Annual report on the working of the mental hospitals in the Madras Presidency - 1912-1932
Year: 1912
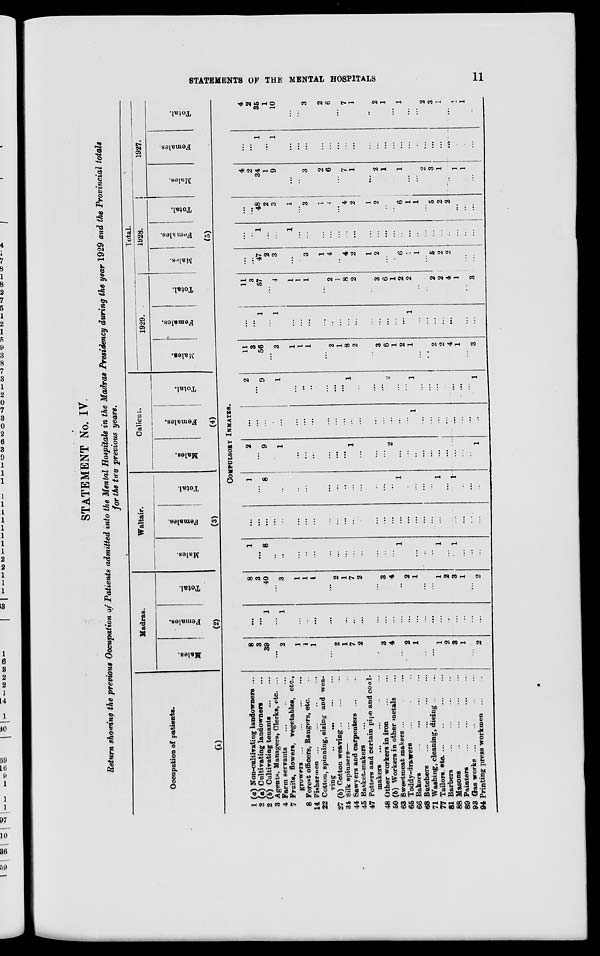
STATEMENTS OF THE MENTAL HOSPITALS
11
STATEMENT No. IV.
Return showing the previous Occupation of Patients admitted into the Mental Hospitals in the Madras Presidency during the year 1929 and the Provincial totals
for the two previous years.
Occupation of patients.
(1)
Madras.
Males.
Females.
Total.
(2)
Waltair.
Males.
Females.
Total.
(3)
Calicut.
Males.
Females.
Total.
(4)
Total.
1929.
Males.
Females.
Total.
1928.
Males.
Females.
Total.
1927.
Males.
Females.
Total.
(5)
COMPULSORY INMATES.
1 (a) Non-cultivating landowners ...
2 (a) Cultivating landowners ...
2 (b) Cultivating tenants ... ...
3 Agents, Managers, Clerks, etc. ...
4 Farm servants ... ... ...
7 Fruits, flowers, vegetables, etc.,
growers
...
...
...
...
8 Forest officers, Rangers, etc.
14 Fishermen ... ... ... ...
22 Cotton, spinning, sizing and wea-
ving ... ... ... ...
27 (b) Cotton weaving ... ... ...
34 Silk spinners— ... ...
44 Sawyers and carpenters ... ...
45 Basket-makers ...
47 Potters and certain pipe and cowl-
makers
... ... ... ...
48 Other workers in iron
...
...
50 (b) Workers in other metals ...
63 Sweetmeat makers ... ... ...
65 Toddy-drawers ... ... ...
66 Bakers
...
...
...
...
68 Butchers
...
...
...
...
71 Washing, cleaning, dieing ... ...
77 Tailors, etc. ... ... ... ...
81 Barbers
...
...
...
...
88 Masons
...
...
...
...
89 Painters ... ... ... ...
93 Gas works
...
...
...
...
94 Printing press workmen
...
...
8
3
39
...
2
1
1
1
...
2
1
7
2
...
3
4
...
2
1
...
...
1
2
3
1
...
2
...
...
1
...
1
...
...
...
...
...
...
...
...
...
...
...
...
...
...
...
...
...
...
...
...
...
...
8
3
40
...
3
1
1
1
...
2
1
7
2
...
3
4
...
2
1
...
...
1
2
3
1
...
2
1
...
8
...
...
...
...
...
...
...
...
...
...
...
...
...
1
...
...
...
...
1
...
1
...
...
...
...
...
...
...
...
...
...
...
...
...
...
...
...
...
...
...
...
...
...
...
...
...
...
...
...
...
...
1
...
8
...
...
...
...
...
...
...
...
...
...
...
...
...
1
...
...
...
...
1
...
1
...
...
...
2
...
9
...
1
...
...
...
...
...
...
1
...
...
...
2
...
...
...
...
...
...
...
...
...
...
1
...
...
...
...
...
...
...
...
...
...
...
...
...
...
...
...
...
...
1
...
...
...
...
...
...
...
...
2
...
9
...
1
...
...
...
...
...
...
1
...
...
...
2
...
...
1
...
...
...
...
...
...
...
1
11
3
56
...
3
1
1
1
...
2
1
8
2
...
3
6
1
2
1
...
...
2
2
4
1
...
3
...
...
1
...
1
...
...
...
...
...
...
...
...
...
...
...
...
...
1
...
...
...
...
...
...
...
...
11
3
57
...
4
1
1
1
...
2
1
8
2
...
3
6
1
2
2
...
...
2
2
4
1
...
3
...
...
47
2
3
...
...
3
1
4
...
4
2
1
2
...
...
6
1
1
...
5
2
2
...
...
...
...
...
1
...
...
1
...
...
...
...
...
...
...
...
...
...
...
...
...
...
...
...
...
...
...
...
...
...
...
48
2
3
1
...
3
1
4
...
4
2
1
2
...
...
6
1
1
...
5
2
2
...
...
...
4
2
34
1
9
...
...
3
2
6
...
7
1
...
2
1
...
1
...
...
2
3
1
...
1
1
...
...
...
1
...
1
...
...
...
...
...
...
...
...
...
...
...
...
...
...
...
...
...
...
...
...
...
...
4
2
35
1
10
...
...
3
2
6
...
7
1
...
2
1
...
1
...
...
2
3
1
...
1
1
...